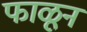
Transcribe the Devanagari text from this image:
फाळून